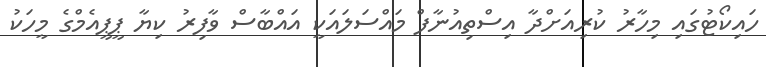
ހައިކޯޓުގައި މިހާރު ކުރިއަށްދާ އިސްތިއުނާފް މައްސަލައަކީ އައްބާސް ވާފިރު ކިޔާ ޕީޕީއެމްގެ މީހަކު